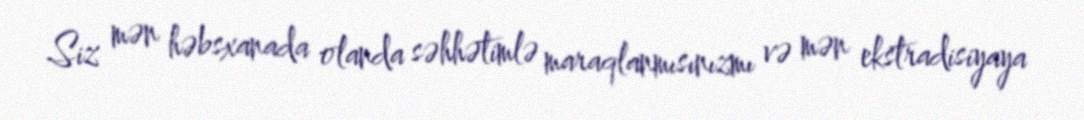
Siz mən həbsxanada olanda səhhətimlə maraqlanmısınızmı və mən ekstradisiyaya